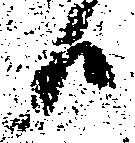
候